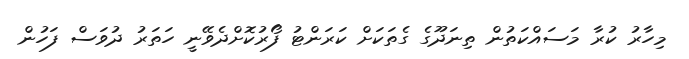
މިހާރު ކުރާ މަސައްކަތުން ތިނަދޫގެ ގެތަކަށް ކަރަންޓު ފޯރުކޮށްދެވޭނީ ހަތަރު ދުވަސް ފަހުން